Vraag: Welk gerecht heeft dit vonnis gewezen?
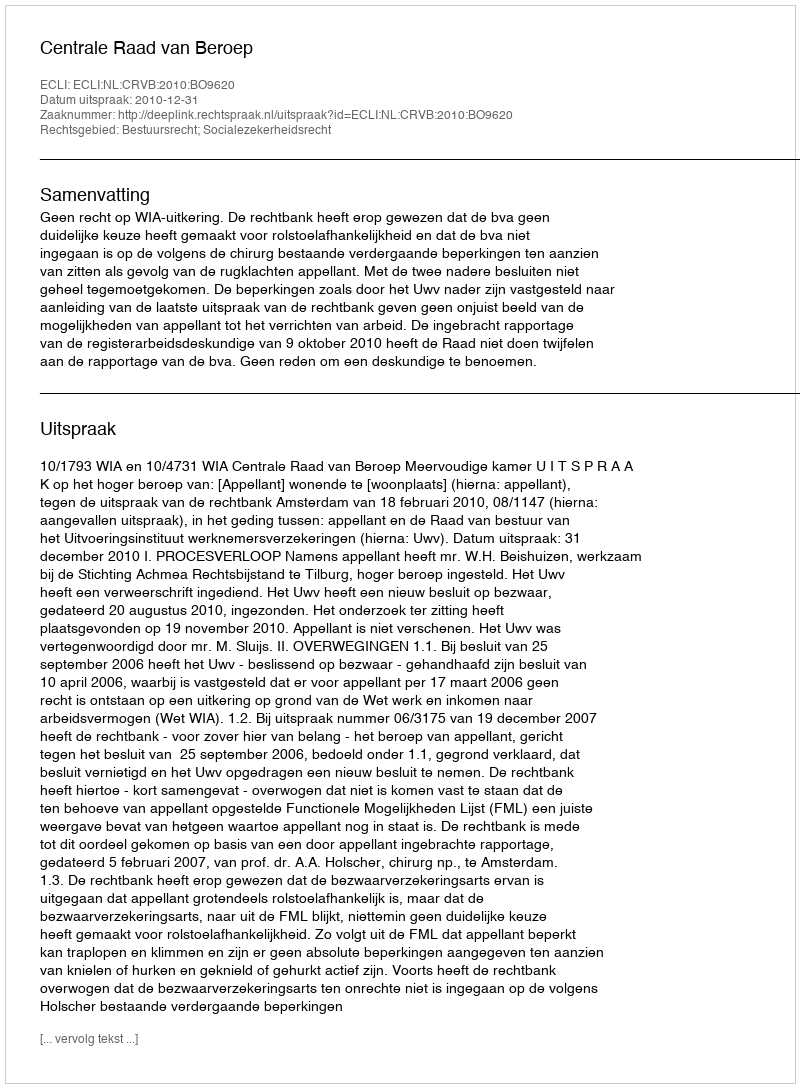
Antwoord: Centrale Raad van Beroep